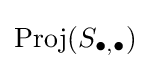
{\text{Proj}}(S_{\bullet ,\bullet })